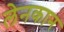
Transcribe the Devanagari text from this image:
लेनकान